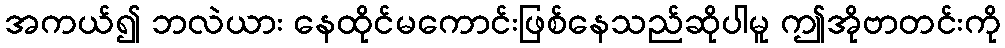
အကယ်၍ ဘလဲယား နေထိုင်မကောင်းဖြစ်နေသည်ဆိုပါမူ ဤအိုဗာတင်းကို